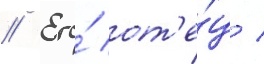
// Его́ от'е́ц /